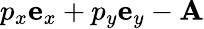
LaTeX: p_{x}\mathbf{e}_{x}+p_{y}\mathbf{e}_{y}-\mathbf{A}